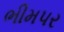
ભીમપર